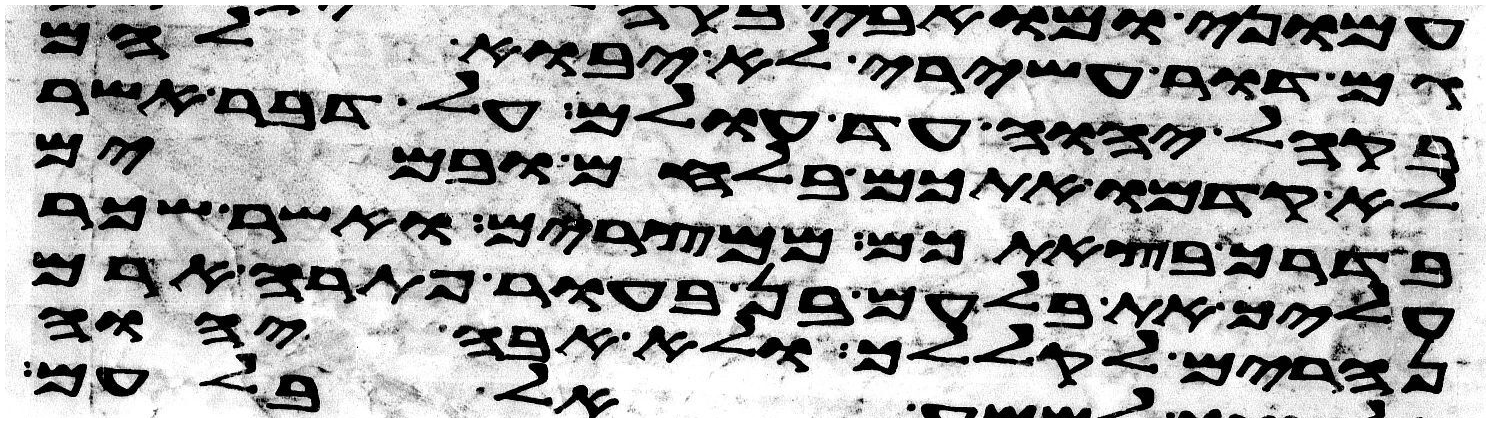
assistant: גם דור עשירי לא יבוא להם
בקהל יהוה עד עולם על דבר אשר
לא קדמו אתכם בלחם ובמים
בדרך בצאתכם ממצרים ואשר שכר
עליך את בלעם בן בעור פתרה ארם
נהרים לקללך ולא אבה יהוה